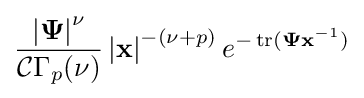
{\frac {\left|\mathbf {\Psi } \right|^{\nu }}{{\mathcal {C}}\Gamma _{p}(\nu )}}\left|\mathbf {x} \right|^{-(\nu +p)}e^{-\operatorname {tr} (\mathbf {\Psi } \mathbf {x} ^{-1})}